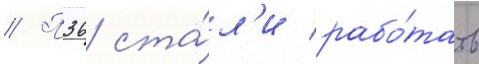
// П36 ста́л'и рабо́тать